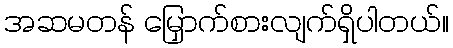
အဆမတန် မြှောက်စားလျက်ရှိပါတယ်။